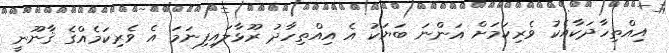
އިއްތިހާދަކާއެކު ވެރިކަމަށް އަންނަ ބަޔަކު އެ އިއްތިހާދު ރޫޅާލައިފިނަމަ އެ ވެރިކަމެއްގެ ޤާނޫނީ